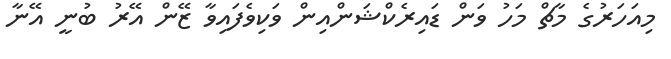
މިއަހަރުގެ މާޗް މަހު ވަން ޑައިރެކްޝަންއިން ވަކިވެފައިވާ ޒޭން އޭރު ބުނީ އޭނާ